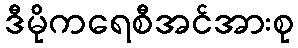
ဒီမိုကရေစီအင်အားစု